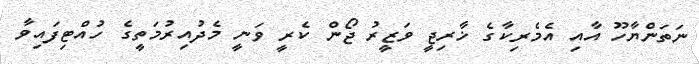
ނަތަންޔާހޫ އާއި އެމެރިކާގެ ޚާރިޖީ ވަޒީރު ޖޯން ކެރީ ވަނީ މެދުއިރުމަތީގެ ހުއްޓިފައިވާ